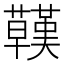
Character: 𧄊